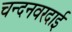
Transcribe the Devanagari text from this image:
चन्दनवरदाई